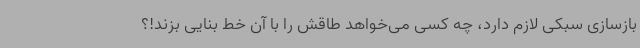
بازسازی سبکی لازم دارد، چه کسی می‌خواهد طاقش را با آن خط بنایی بزند!؟